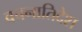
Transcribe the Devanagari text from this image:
वचनातिदेश